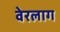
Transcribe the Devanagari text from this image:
वेरलाग